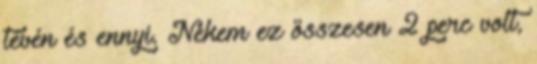
tévén és ennyi. Nekem ez összesen 2 perc volt,